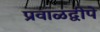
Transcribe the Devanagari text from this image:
प्रवाळद्वीपे